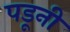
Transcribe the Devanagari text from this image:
पडूनी